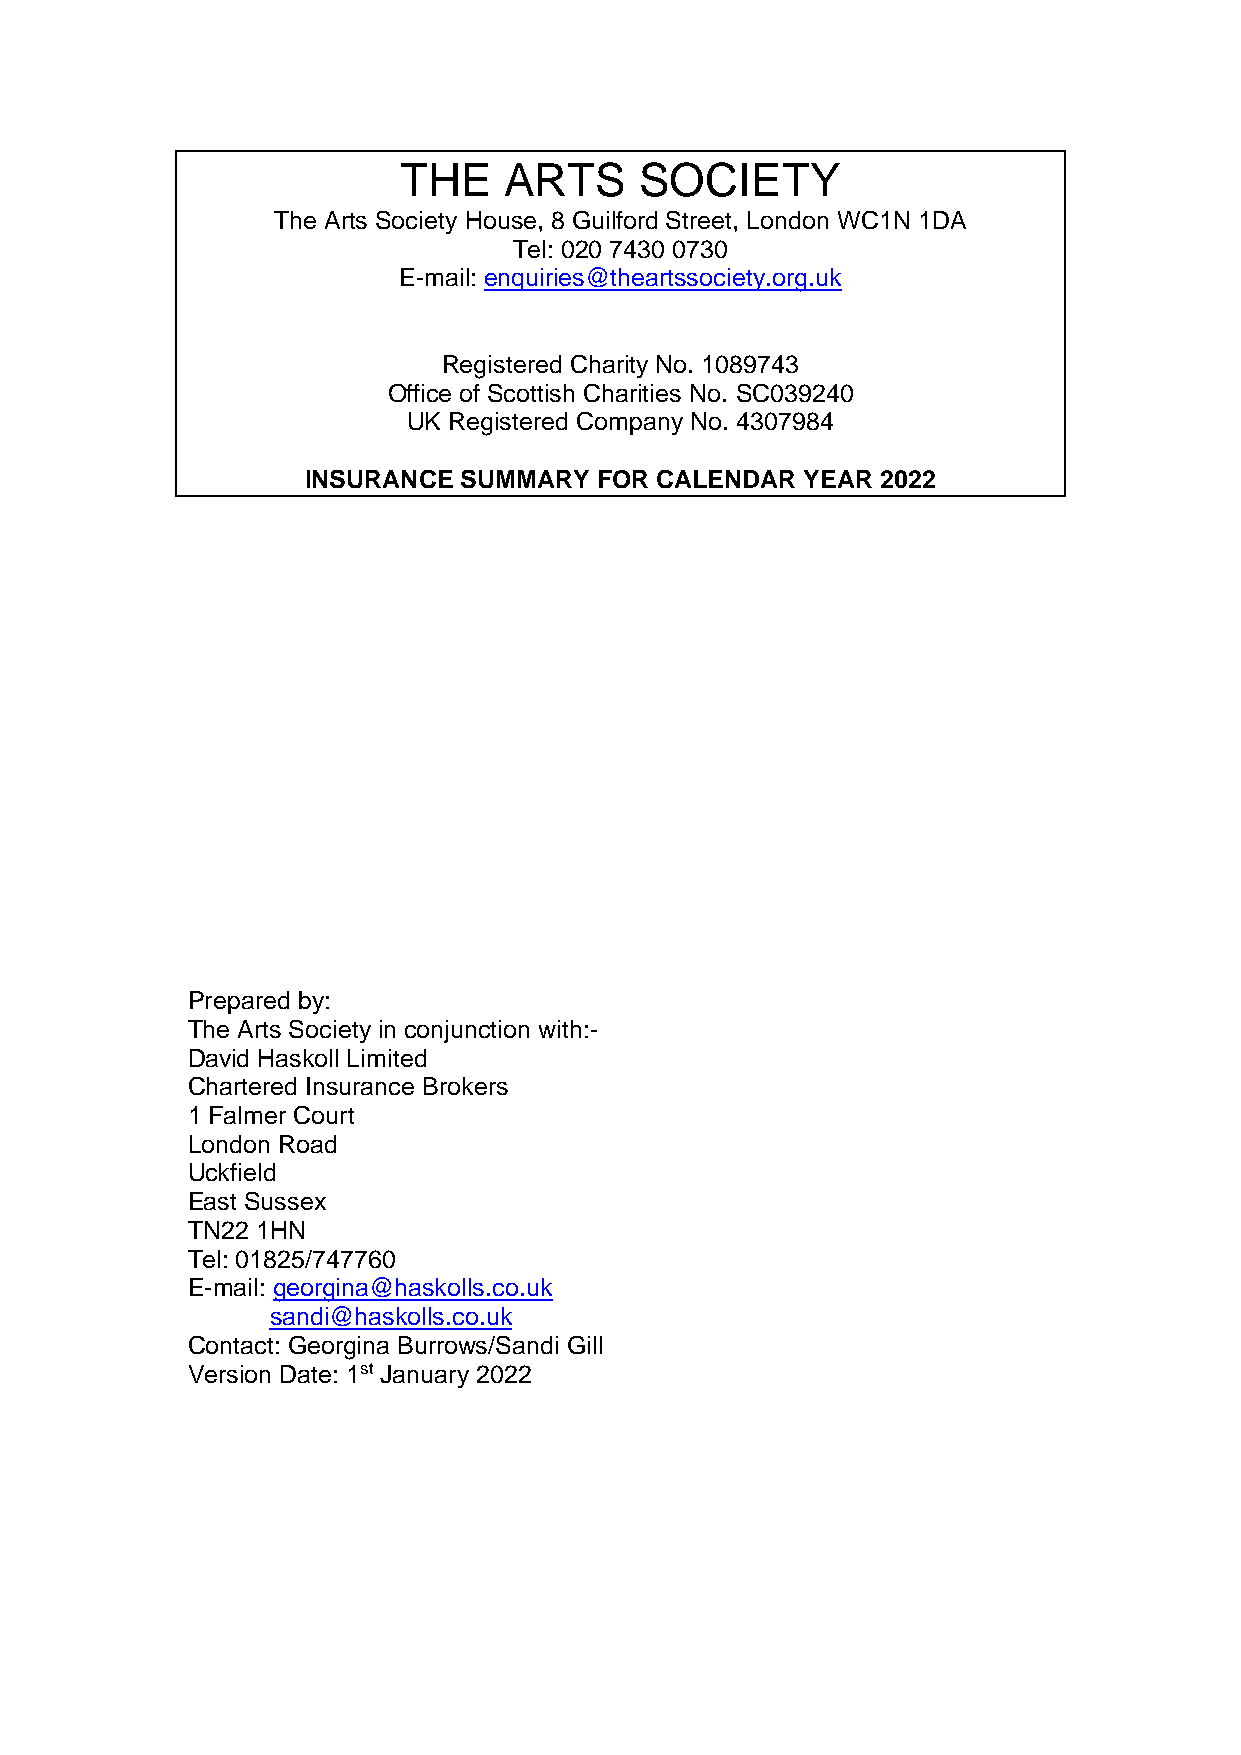
THE    ARTS     SOCIETY
 The Arts Society House, 8 Guilford Street, London WC1N 1DA
 Tel: 020 7430 0730
 E-mail: enquiries@theartssociety.org.uk
 Registered Charity No. 1089743
 Office of Scottish Charities No. SC039240
 UK Registered Company No. 4307984
 INSURANCE SUMMARY  FOR CALENDAR  YEAR 2022
 Prepared by:
 The Arts Society in conjunction with:-
 David Haskoll Limited
 Chartered Insurance Brokers
 1 Falmer Court
 London Road
 Uckfield
 East Sussex
 TN22 1HN
 Tel: 01825/747760
 E-mail: georgina@haskolls.co.uk
 sandi@haskolls.co.uk
 Contact: Georgina Burrows/Sandi Gill
 Version Date: 1st January 2022